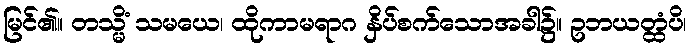
မြင်၏။ တသ္မိံ သမယေ၊ ထိုကာမရာဂ နှိပ်စက်သောအခါ၌။ ဥဘယတ္ထံပိ၊